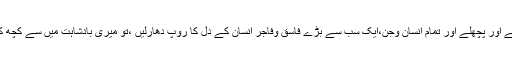
اگر تمہارے تمام اگلے اور پچھلے اور تمام انسان وجن،ایک سب سے بڑے فاسق وفاجر انسان کے دل کا روپ دھارلیں ،تو میری بادشاہت میں سے کچھ کمی نہ کرسکیں گے۔